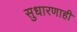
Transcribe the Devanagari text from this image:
सुधारणाही